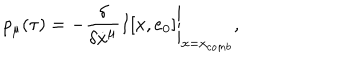
p _ { \mu } ( \tau ) = - \left. \frac { \delta } { \delta \dot { x } ^ { \mu } } I [ x , e _ { 0 } ] \right\vert _ { x = x _ { c o m b } } ,